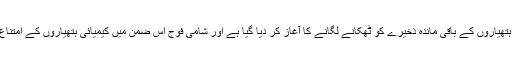
امریکا نے کہا ہے کہ شام کے کیمیائی ہتھیاروں کے باقی ماندہ ذخیرے کو ٹھکانے لگانے کا آغاز کر دیا گیا ہے اور شامی فوج اس ضمن میں کیمیائی ہتھیاروں کے امتناع کے مشن کے ساتھ تعاون کر رہی ہے۔